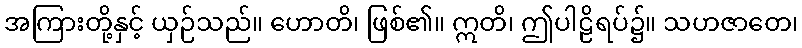
အကြားတို့နှင့် ယှဉ်သည်။ ဟောတိ၊ ဖြစ်၏။ ဣတိ၊ ဤပါဠိရပ်၌။ သဟဇာတေ၊